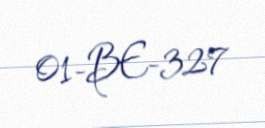
01-BE-327